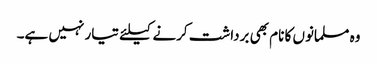
وہ مسلمانوں کا نام بھی برداشت کرنے کیلئے تیار نہیں ہے۔